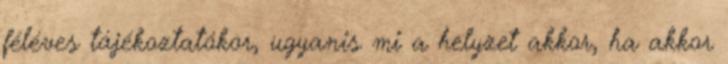
féléves tájékoztatókor, ugyanis mi a helyzet akkor, ha akkor